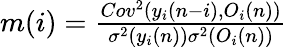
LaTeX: \begin{array}{r}{m(i)=\frac{Cov^{2}(y_{i}(n-i),O_{i}(n))}{\sigma^{2}(y_{i}(n))\sigma^{2}(O_{i}(n))}}\end{array}